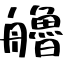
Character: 艪